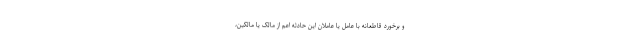
و برخورد قاطعانه با عامل یا عاملان این حادثه اعم از مالک یا مالکین،